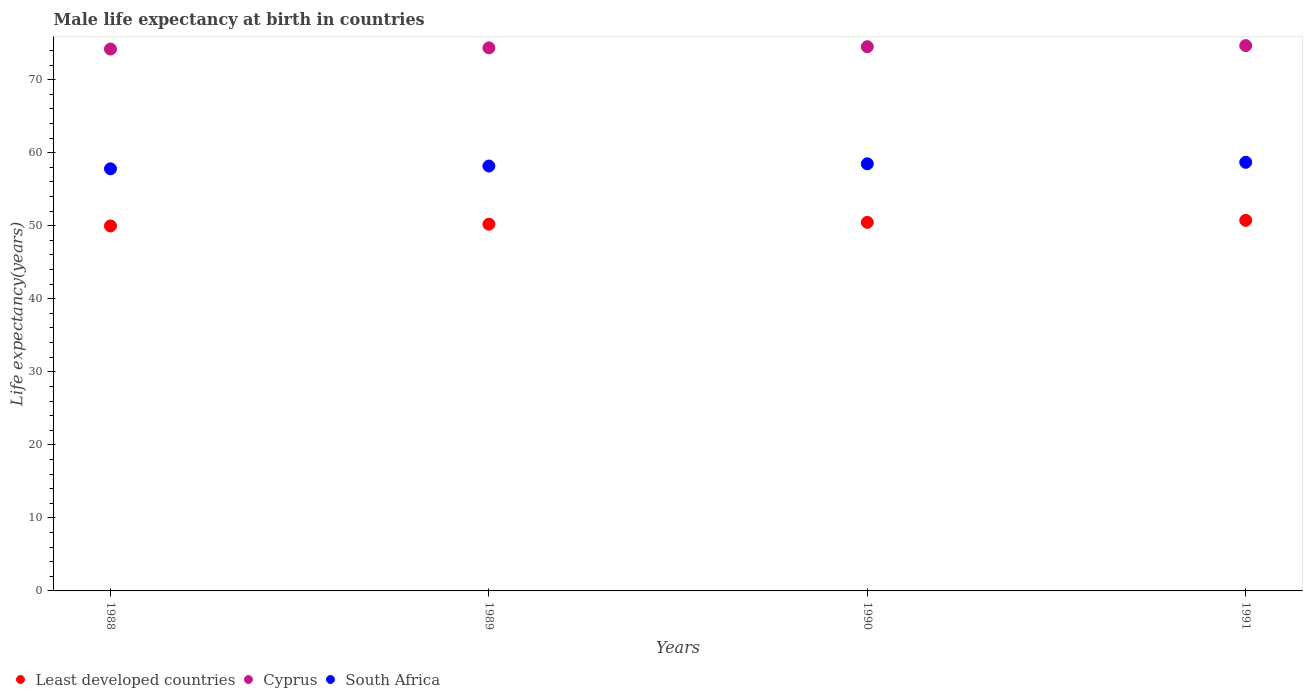
| Years | Least developed countries | Cyprus | South Africa |
 | --- | --- | --- | --- |
 | 1988 | 50 | 74.2 | 57.8 |
 | 1989 | 50.2 | 74.4 | 58.2 |
 | 1990 | 50.5 | 74.5 | 58.5 |
 | 1991 | 50.7 | 74.7 | 58.7 |